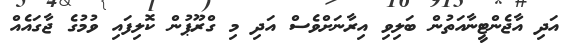
އަދި އާޖެންޓީނާއަތުން ބަލިވި އިރާނަށްވެސް އަދި މި ގްރޫޕުން ކޮލިފައި ވުމުގެ ޖާގައެއް